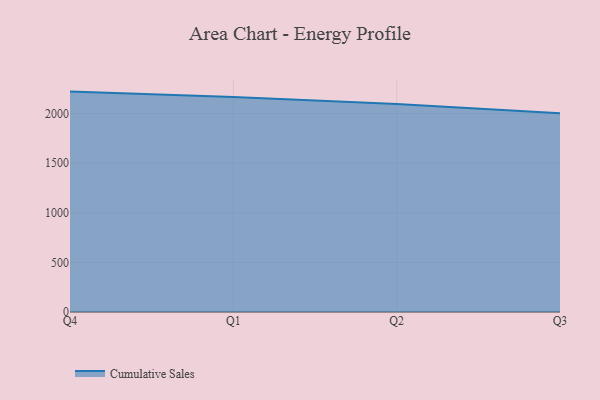
{"axis": {"x": "Quarter", "y": "Waste Production (Tons)"}, "legend": ["Cumulative Sales"], "data": [{"x": "Q4", "y": 2220.9, "type": "Cumulative Sales"}, {"x": "Q1", "y": 2165.6, "type": "Cumulative Sales"}, {"x": "Q2", "y": 2097.0, "type": "Cumulative Sales"}, {"x": "Q3", "y": 2002.1, "type": "Cumulative Sales"}]}